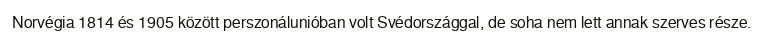
Norvégia 1814 és 1905 között perszonálunióban volt Svédországgal, de soha nem lett annak szerves része.